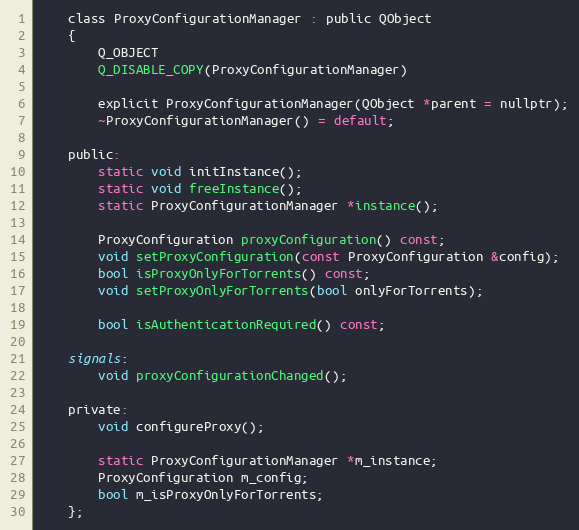
Language: C
    class ProxyConfigurationManager : public QObject
    {
        Q_OBJECT
        Q_DISABLE_COPY(ProxyConfigurationManager)

        explicit ProxyConfigurationManager(QObject *parent = nullptr);
        ~ProxyConfigurationManager() = default;

    public:
        static void initInstance();
        static void freeInstance();
        static ProxyConfigurationManager *instance();

        ProxyConfiguration proxyConfiguration() const;
        void setProxyConfiguration(const ProxyConfiguration &config);
        bool isProxyOnlyForTorrents() const;
        void setProxyOnlyForTorrents(bool onlyForTorrents);

        bool isAuthenticationRequired() const;

    signals:
        void proxyConfigurationChanged();

    private:
        void configureProxy();

        static ProxyConfigurationManager *m_instance;
        ProxyConfiguration m_config;
        bool m_isProxyOnlyForTorrents;
    };